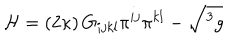
{ \cal H } = \left( 2 \kappa \right) G _ { i j k l } \pi ^ { i j } \pi ^ { k l } - \sqrt { ^ { 3 } g }